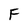
Character: F